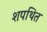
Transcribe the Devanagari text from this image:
शपथित